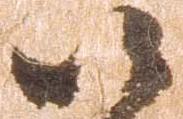
以